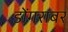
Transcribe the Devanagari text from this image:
डोंगराबर